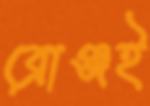
ব্রোঞ্জই